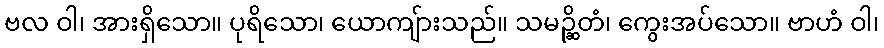
ဗလ ဝါ၊ အားရှိသော။ ပုရိသော၊ ယောကျ်ားသည်။ သမဉ္ဆိတံ၊ ကွေးအပ်သော။ ဗာဟံ ဝါ၊